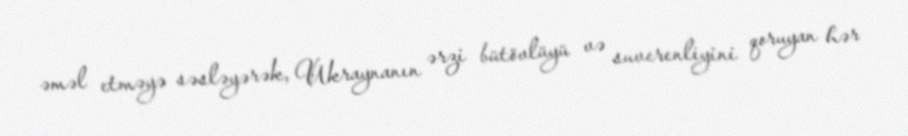
əməl etməyə səsləyərək, Ukraynanın ərzi bütövlüyü və suverenliyini qoruyan hər